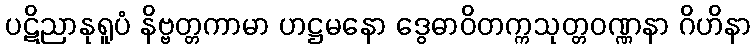
ပဋိညာနုရူပံ နိဗ္ဗတ္တကာမာ ဟဋ္ဌမနော ဒွေဓာဝိတက္ကသုတ္တဝဏ္ဏနာ ဂိဟိနာ